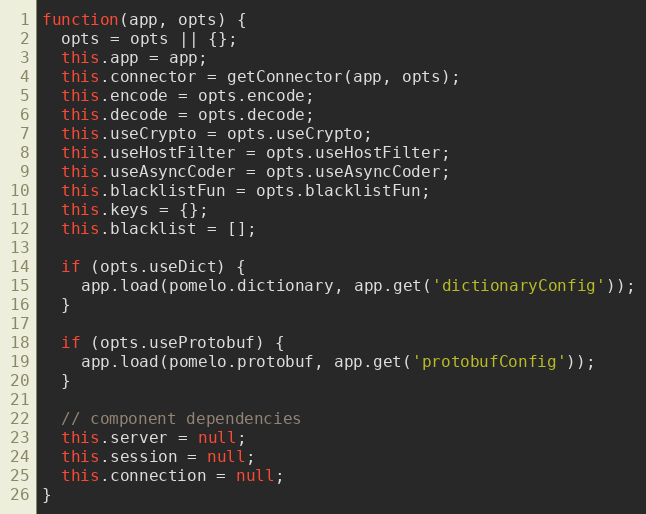
Language: JavaScript
function(app, opts) {
  opts = opts || {};
  this.app = app;
  this.connector = getConnector(app, opts);
  this.encode = opts.encode;
  this.decode = opts.decode;
  this.useCrypto = opts.useCrypto;
  this.useHostFilter = opts.useHostFilter;
  this.useAsyncCoder = opts.useAsyncCoder;
  this.blacklistFun = opts.blacklistFun;
  this.keys = {};
  this.blacklist = [];

  if (opts.useDict) {
    app.load(pomelo.dictionary, app.get('dictionaryConfig'));
  }

  if (opts.useProtobuf) {
    app.load(pomelo.protobuf, app.get('protobufConfig'));
  }

  // component dependencies
  this.server = null;
  this.session = null;
  this.connection = null;
}